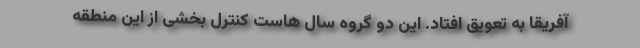
آفریقا به تعویق افتاد. این دو گروه سال هاست کنترل بخشی از این منطقه